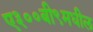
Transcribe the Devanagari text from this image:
ए३००बी९मधील